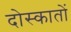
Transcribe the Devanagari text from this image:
दोस्कातों